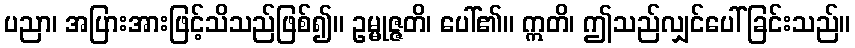
ပညာ၊ အပြားအားဖြင့်သိသည်ဖြစ်၍။ ဥမ္မုဇ္ဇတိ၊ ပေါ်၏။ ဣတိ၊ ဤသည်လျှင်ပေါ်ခြင်းသည်။